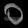
Digit: ၀